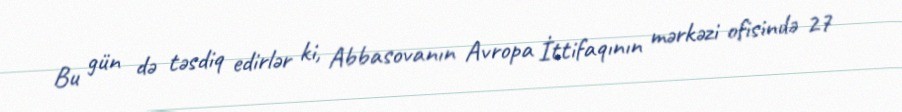
Bu gün də təsdiq edirlər ki, Abbasovanın Avropa İttifaqının mərkəzi ofisində 27